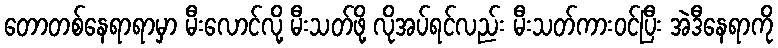
တောတစ်နေရာရာမှာ မီးလောင်လို့ မီးသတ်ဖို့ လိုအပ်ရင်လည်း မီးသတ်ကားဝင်ပြီး အဲဒီနေရာကို